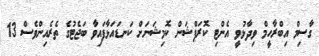
ގާސިމް އިބްރާހީމް ވިދާޅުވީ އެންޓި ކޮރަޕްޝަން ކޮމިޝަނަށް ކަނޑައަޅާފައިވާ ބަޖެޓުގެ ތެރެއިންވެސް 13